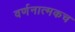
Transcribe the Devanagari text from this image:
वर्णनात्मकच